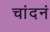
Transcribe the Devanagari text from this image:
चांदनं